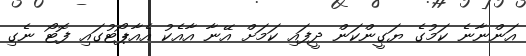
އަންނާނެ ކަމުގެ ޔަގީންކަން ދީފައި ކަމަށް އޭނާ އާއެކު އެއާޕޯޓުގައި ފޮޓޯ ނެގި